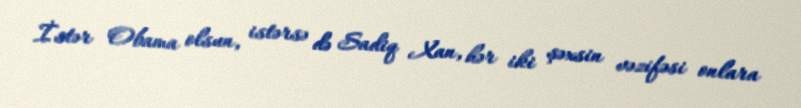
İstər Obama olsun, istərsə də Sadiq Xan, hər iki şəxsin vəzifəsi onlara